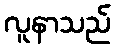
လူနာသည်